Source: Handwritten
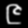
Digit: ၉ (9)